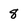
Character: 8